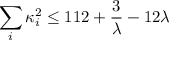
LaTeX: \sum _ { i } \kappa _ { i } ^ { 2 } \leq 1 1 2 + { \frac { 3 } { \lambda } } - 1 2 \lambda